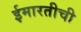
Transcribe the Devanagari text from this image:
ईमारतीची